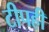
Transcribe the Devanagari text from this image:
टीपही